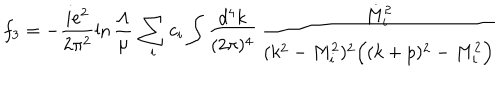
f _ { 3 } = - \frac { i e ^ { 2 } } { 2 \pi ^ { 2 } } \ln \frac { \Lambda } { \mu } \, \sum _ { i } c _ { i } \int \frac { d ^ { 4 } k } { ( 2 \pi ) ^ { 4 } } \, \frac { M _ { i } ^ { 2 } } { ( k ^ { 2 } - M _ { i } ^ { 2 } ) ^ { 2 } \Big ( ( k + p ) ^ { 2 } - M _ { i } ^ { 2 } \Big ) } \qquad \quad